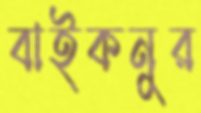
বাইকনুর